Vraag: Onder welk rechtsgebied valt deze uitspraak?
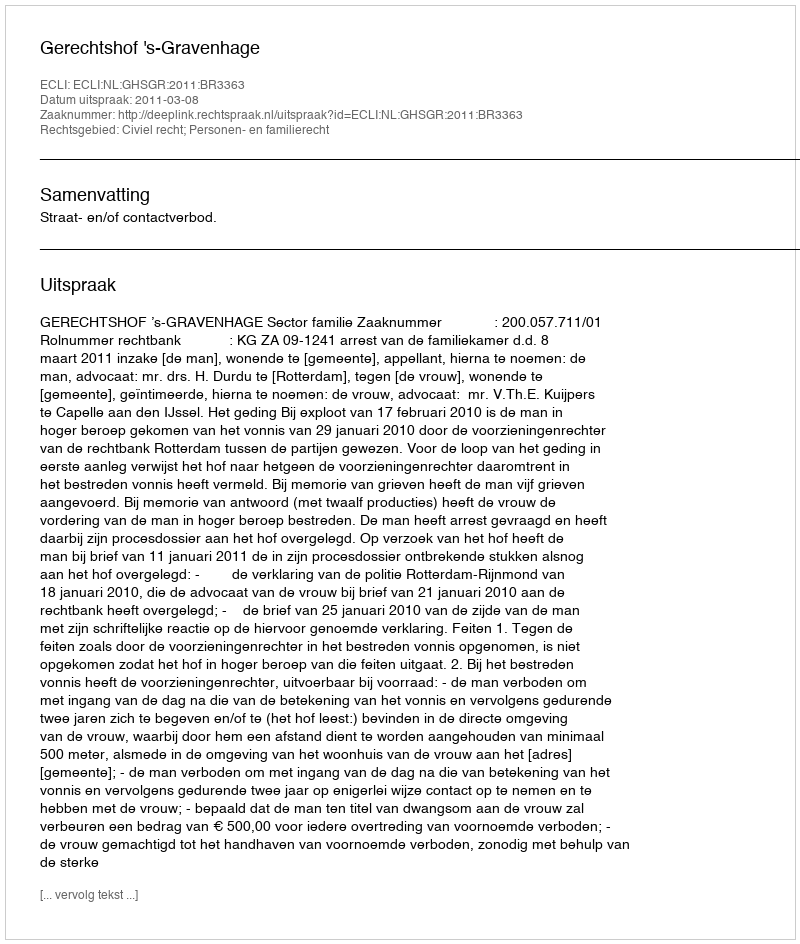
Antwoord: Civiel recht; Personen- en familierecht